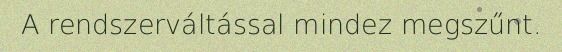
A rendszerváltással mindez megszűnt.